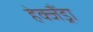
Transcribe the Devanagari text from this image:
हेक्जैंड्रा